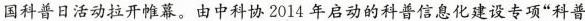
国科普日活动拉开帷幕。由中科协2014年启动的科普信息化建设专项”科普